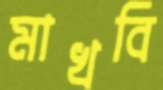
মাখবি